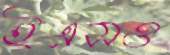
ইএসও